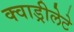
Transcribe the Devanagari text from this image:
क्वाड्रीलेटे